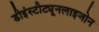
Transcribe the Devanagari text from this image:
डीइंस्टीट्यूनलाइजोन